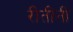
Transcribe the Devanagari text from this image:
रीतीनी